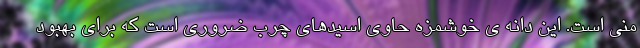
منی است. این دانه ی خوشمزه حاوی اسیدهای چرب ضروری است که برای بهبود